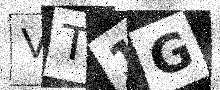
Text: VT1G